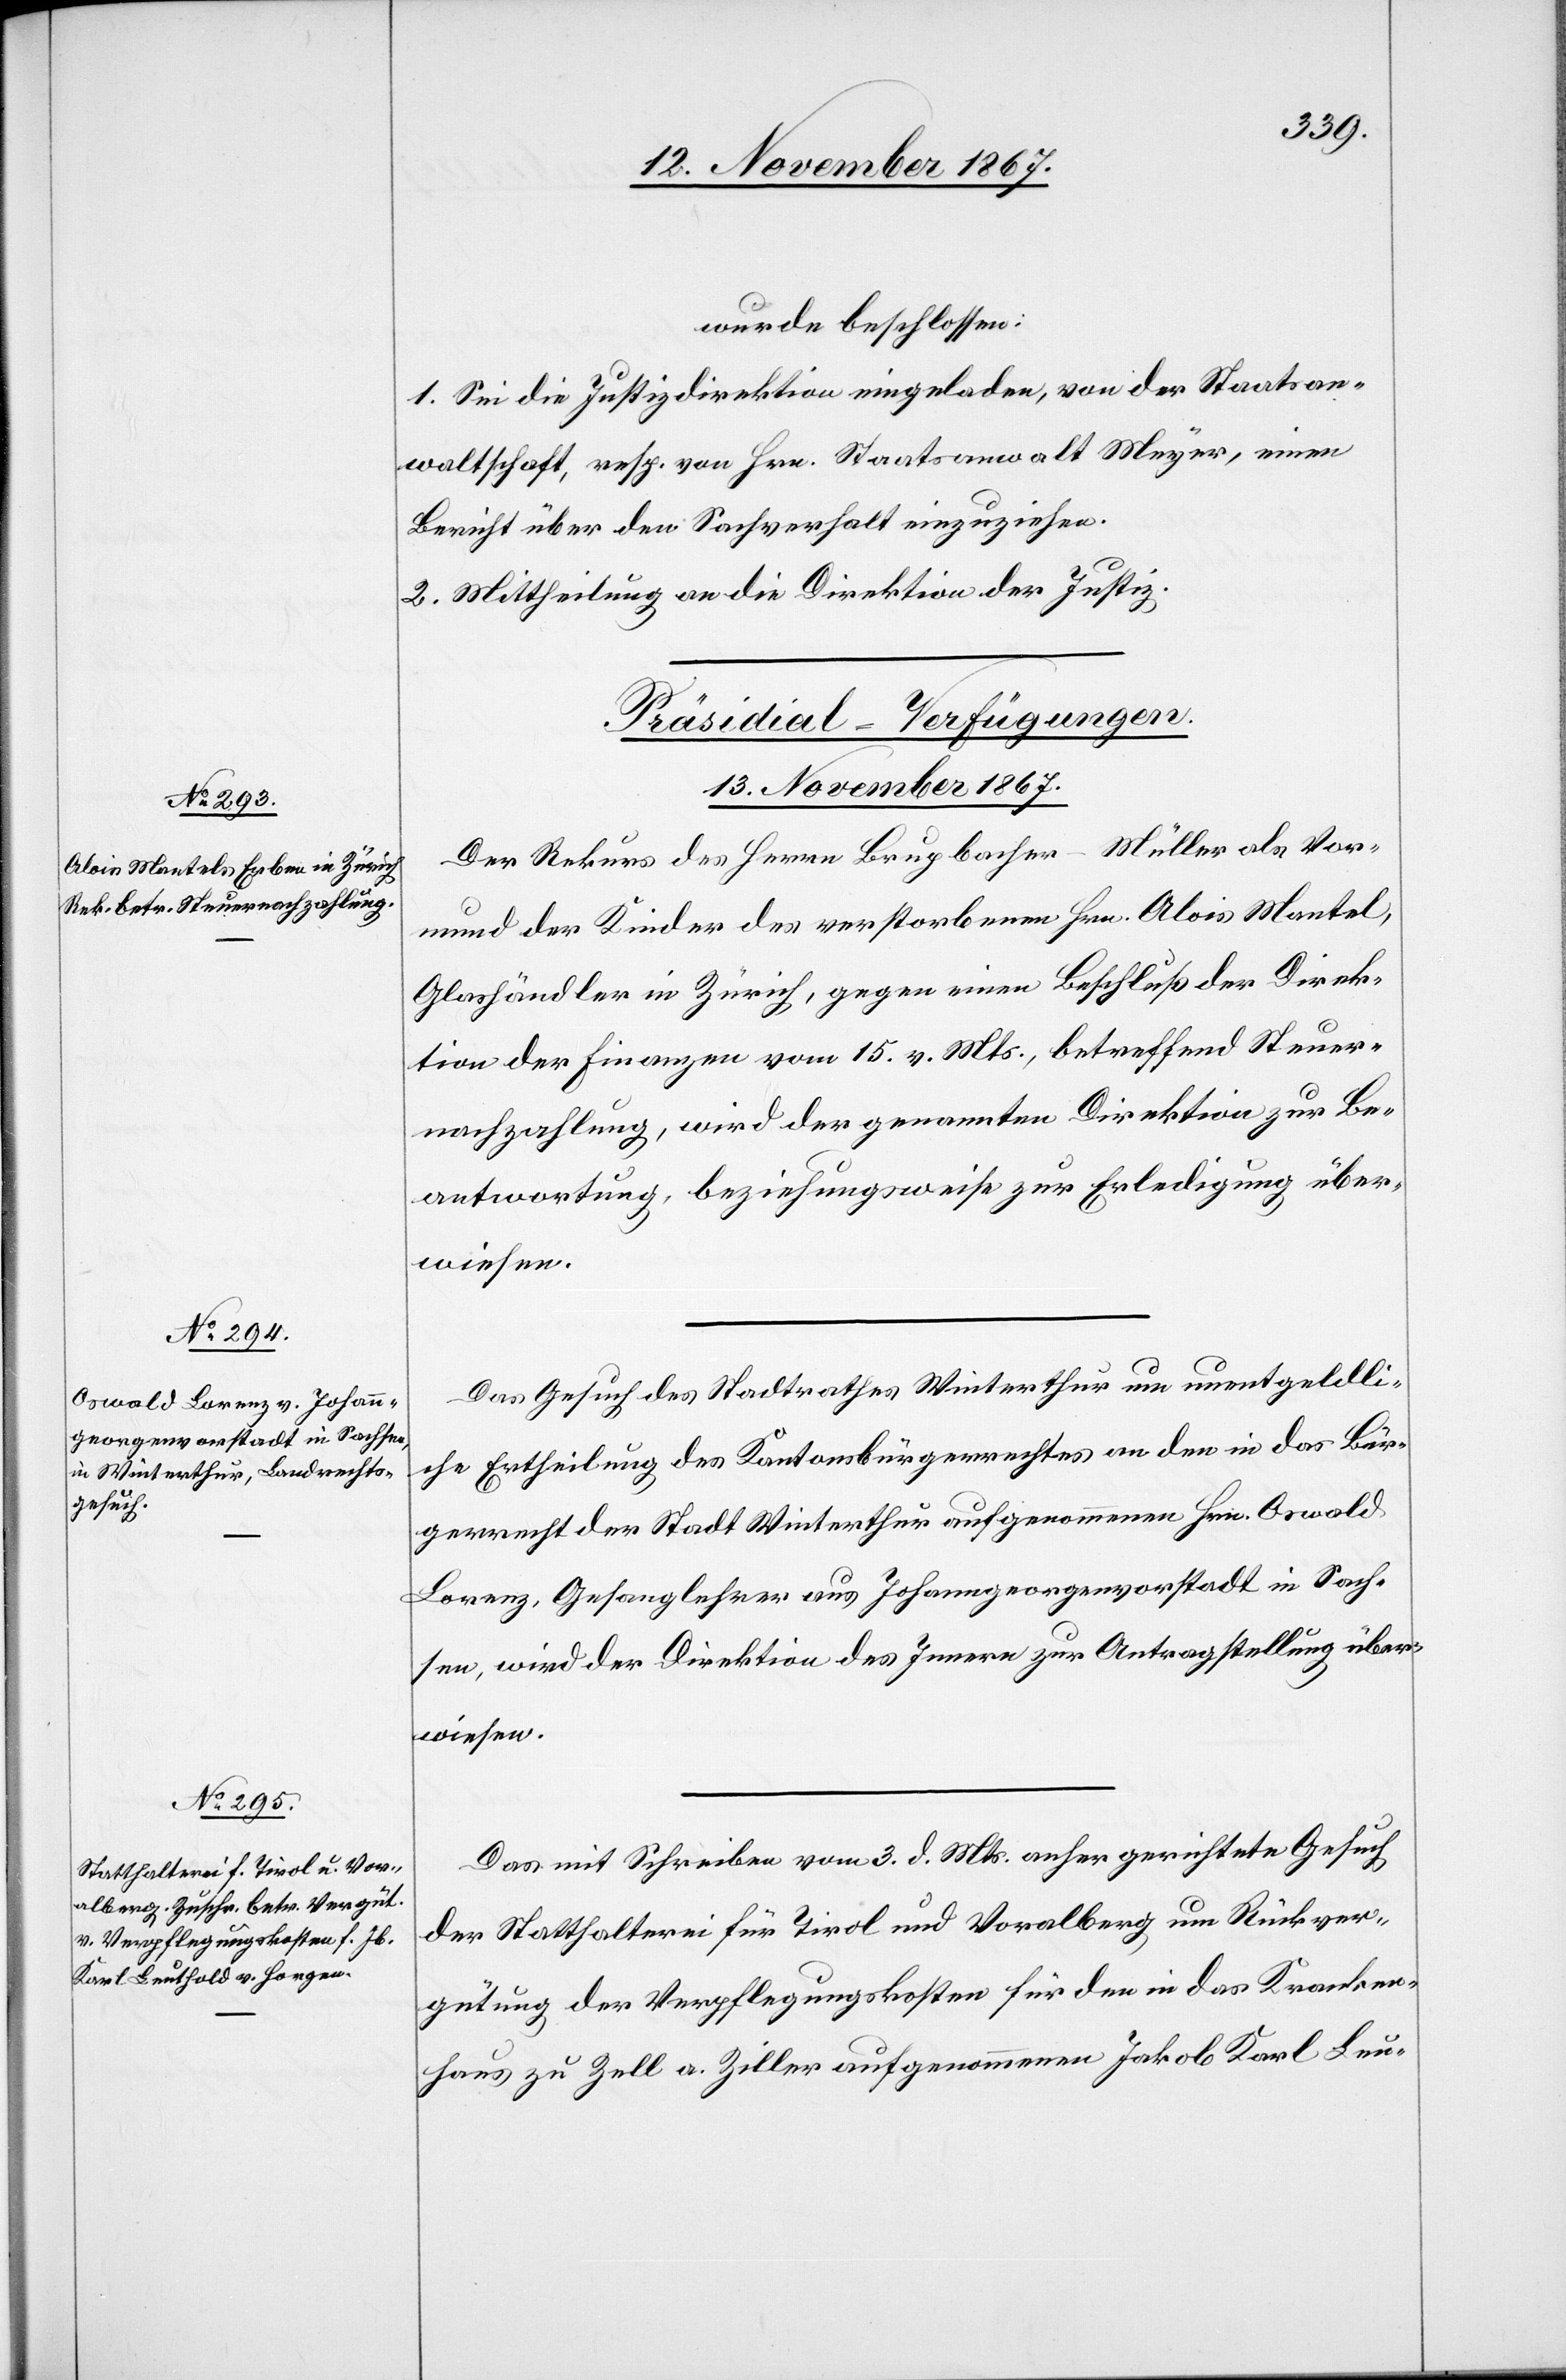
wurde beschlossen:
1. Sei die Justizdirektion eingeladen, von der Staatsan¬
waltschaft, resp. von Hrn. Staatsanwalt Meyer, einen
Bericht über den Sachverhalt einzuziehen.
2. Mittheilung an die Direktion der Justiz.
[Präsidial-Verfügungen.
13. November 1867.]
Der Rekurs des Herren Bruppacher-Müller als Vor¬
mund der Kinder des verstorbenen Hrn. Alois Mantel,
Glashändler in Zürich, gegen einen Beschluß der Direk¬
tion der Finanzen vom 15. v. Mts., betreffend Steuer¬
nachzahlung, wird der genannten Direktion zur Be¬
antwortung beziehungsweise Erledigung über¬
wiesen.
Das Gesuch des Stadtrathes Winterthur um unentgeldli¬
che Ertheilung des Kantonsbürgerrechtes an den in das Bür¬
gerrecht der Stadt Winterthur aufgenommenen Hrn. Oswald
Lorenz, Gesanglehrer aus Johanngeorgenvorstadt in Sach¬
sen, wird der Direktion des Innern zur Antragstellung über¬
wiesen.
Das mit Schreiben vom 3. d. Mts anher gerichtete Gesuch
der Statthalterei für Tirol und Vorarlberg um Rückver¬
gütung der Verpflegungskosten für den in das Kranken¬
haus zu Zell a. Ziller aufgenommenen Jakob Karl Leu-